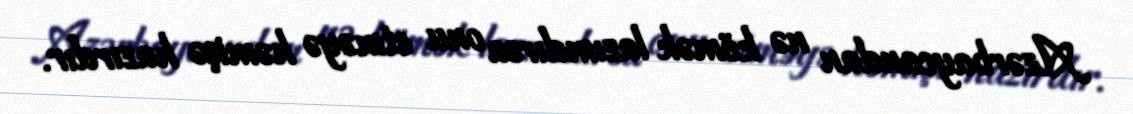
Azərbaycandan nə kömək lazımdırsa onu etməyə həmişə hazırdır.